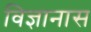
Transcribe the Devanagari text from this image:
विज्ञानास